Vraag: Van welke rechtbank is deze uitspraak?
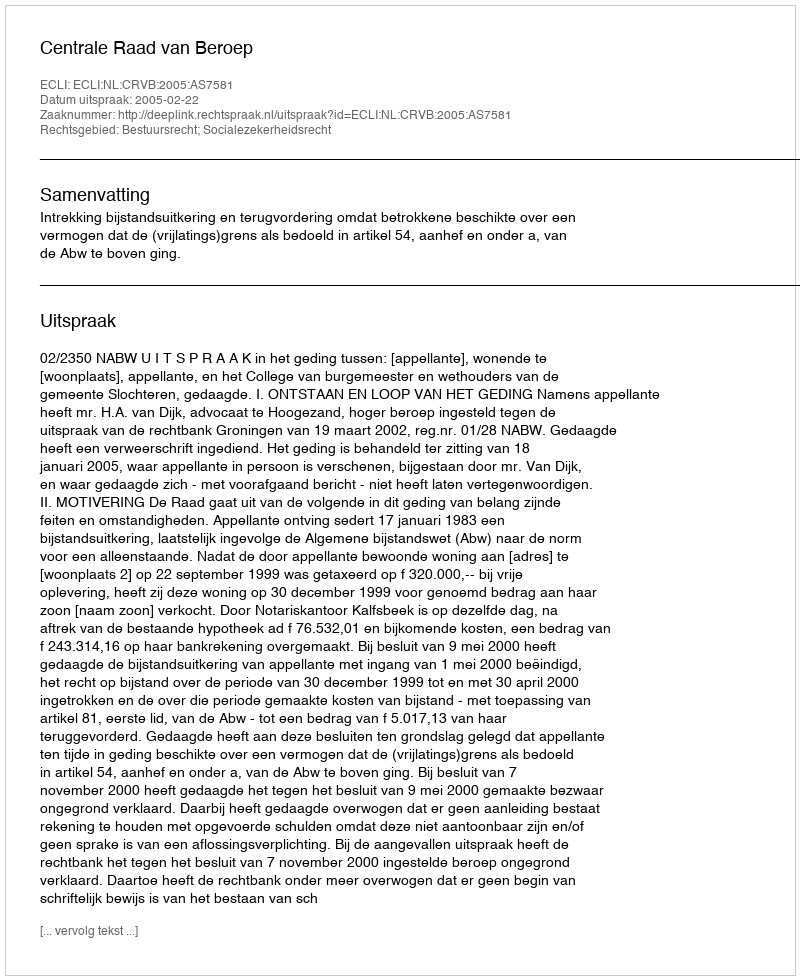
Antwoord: Centrale Raad van Beroep